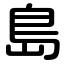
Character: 島